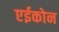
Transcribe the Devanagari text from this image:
एईकोन